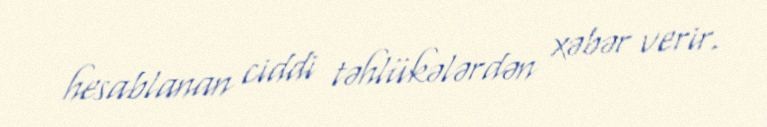
hesablanan ciddi təhlükələrdən xəbər verir.